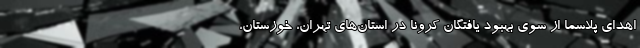
اهدای پلاسما از سوی بهبود یافتگان کرونا در استان‌های تهران، خوزستان،